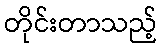
တိုင်းတာသည့်